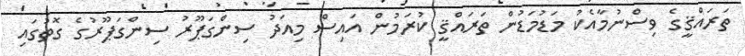
ތަރައްޤީގެ ވިސްނުމާއެކު މަޑުމަޑުން ތަރައްޤީ ކުރަމުން އައިސް މިއަދު ސިންގަޕޫރު ސިންގަޕޫރުގެ ގޮތުގައި